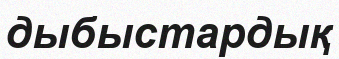
дыбыстардық